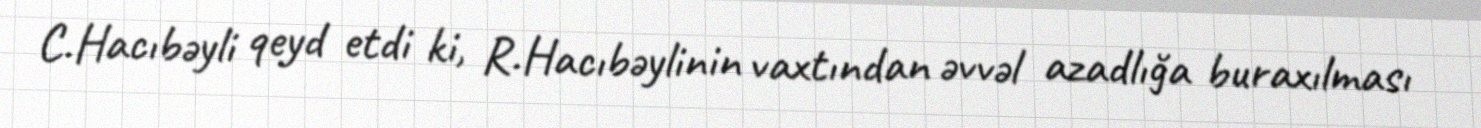
C.Hacıbəyli qeyd etdi ki, R.Hacıbəylinin vaxtından əvvəl azadlığa buraxılması